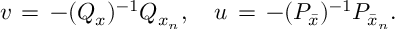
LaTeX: v \, = \, - ( Q _ { x } ) ^ { - 1 } Q _ { x _ { n } } , \ \ \ u \, = \, - ( P _ { \bar { x } } ) ^ { - 1 } P _ { \bar { x } _ { n } } .